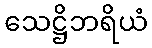
သေဋ္ဌိဘရိယံ